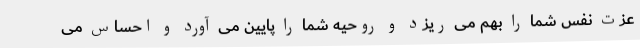
عزت نفس شما را بهم می ریزد و روحیه شما را پایین می آورد و احساس می